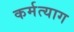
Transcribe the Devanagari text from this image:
कर्मत्याग